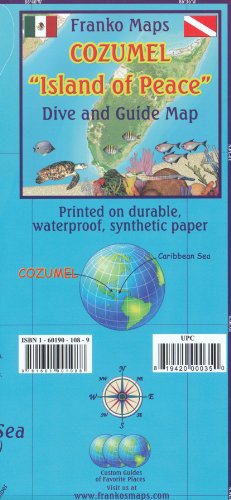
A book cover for Cozumel (Mexico) 1:95 000 Guide & Dive Map + S.Miguel plan, waterproof FRANKO; Franko; Travel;